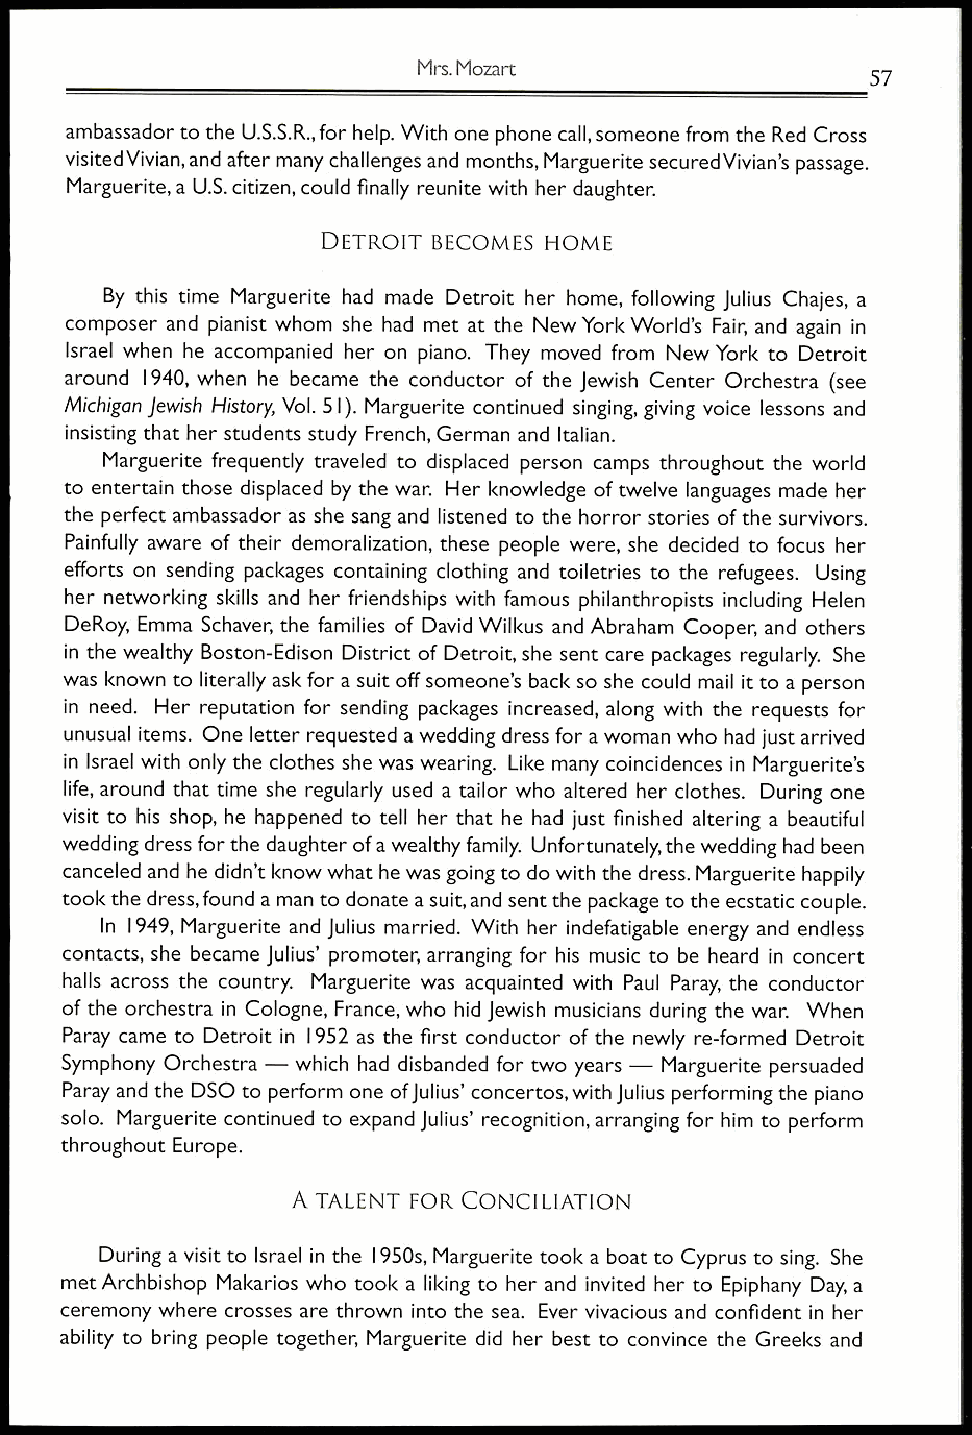
Mrs. Mozart
 57
 ambassador to the U.S.S.R., for help. With one phone call, someone from the Red Cross
 visited Vivian, and after many challenges and months, Marguerite secured Vivian's passage.
 Marguerite, a U.S. citizen, could finally reunite with her daughter.
 DETROIT BECOMES HOME
 By this time Marguerite had made Detroit her home, following Julius Chajes, a
 composer and pianist whom she had met at the New York World's Fair, and again in
 Israel when he accompanied her on piano. They moved from New York to Detroit
 around 1940, when he became the conductor of the Jewish Center Orchestra (see
 Michigan Jewish History, Vol. 51). Marguerite continued singing, giving voice lessons and
 insisting that her students study French, German and Italian.
 Marguerite frequently traveled to displaced person camps throughout the world
 to entertain those displaced by the war. Her knowledge of twelve languages made her
 the perfect ambassador as she sang and listened to the horror stories of the survivors.
 Painfully aware of their demoralization, these people were, she decided to focus her
 efforts on sending packages containing clothing and toiletries to the refugees. Using
 her networking skills and her friendships with famous philanthropists including Helen
 DeRoy, Emma Schaver, the families of David Wilkus and Abraham Cooper, and others
 in the wealthy Boston-Edison District of Detroit, she sent care packages regularly. She
 was known to literally ask for a suit off someone's back so she could mail it to a person
 in need. Her reputation for sending packages increased, along with the requests for
 unusual items. One letter requested a wedding dress for a woman who had just arrived
 in Israel with only the clothes she was wearing. Like many coincidences in Marguerite's
 life, around that time she regularly used a tailor who altered her clothes. During one
 visit to his shop, he happened to tell her that he had just finished altering a beautiful
 wedding dress for the daughter of a wealthy family. Unfortunately, the wedding had been
 canceled and he didn't know what he was going to do with the dress. Marguerite happily
 took the dress, found a man to donate a suit, and sent the package to the ecstatic couple.
 In 1949, Marguerite and Julius married. With her indefatigable energy and endless
 contacts, she became Julius' promoter, arranging for his music to be heard in concert
 halls across the country. Marguerite was acquainted with Paul Paray, the conductor
 of the orchestra in Cologne, France, who hid Jewish musicians during the war. When
 Paray came to Detroit in 1952 as the first conductor of the newly re-formed Detroit
 Symphony Orchestra — which had disbanded for two years — Marguerite persuaded
 Paray and the DSO to perform one of Julius' concertos, with Julius performing the piano
 solo. Marguerite continued to expand Julius' recognition, arranging for him to perform
 throughout Europe.
 A TALENT FOR CONCILIATION
 During a visit to Israel in the 1950s, Marguerite took a boat to Cyprus to sing. She
 met Archbishop Makarios who took a liking to her and invited her to Epiphany Day, a
 ceremony where crosses are thrown into the sea. Ever vivacious and confident in her
 ability to bring people together, Marguerite did her best to convince the Greeks and